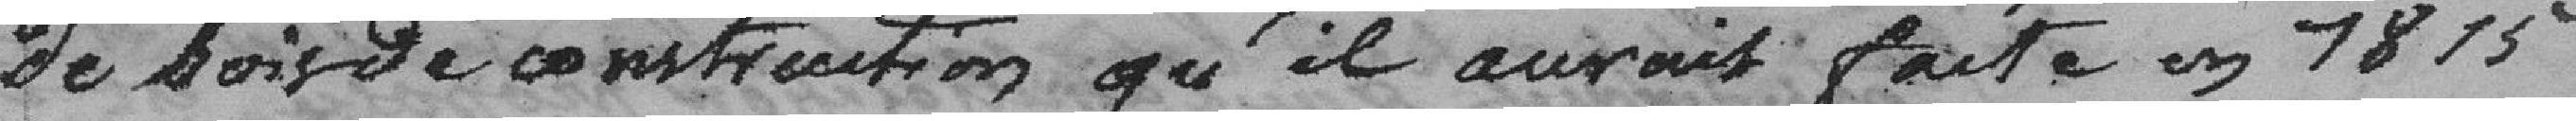
de bois de construction qu'il aurait faite en 1815